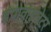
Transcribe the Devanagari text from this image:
इंप्रोवाइज़ेटर